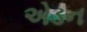
એડન